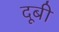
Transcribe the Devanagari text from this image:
दूबी